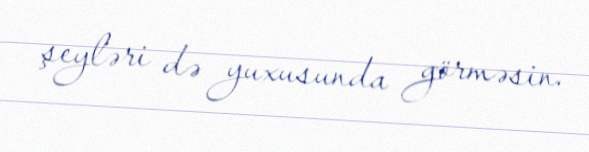
şeyləri də yuxusunda görməsin.